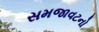
સમજાવટનો